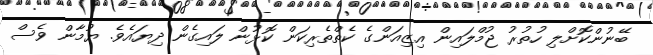
ބޭނުންކޮށްލި ހުތުރު ޖުމްލައިން އިޒިއަންގެ ކެތްތެރިކަން ކޮޅުން ލައިގެން ދިޔައެވެ. ޔުމާން ވެސް